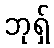
ဘုရှ်